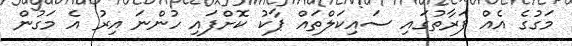
މަގުގެ އެއް ފަރާތުގައި ސައިކަލްތައް ޕާކު ކޮށްފައި ހުންނަ އިރު އެ މަގުން